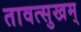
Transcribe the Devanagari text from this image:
तावत्सुखम्